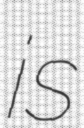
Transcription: is